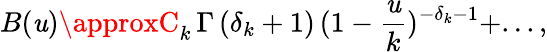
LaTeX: B(\mathit{u})\approxC_{k}\, \Gamma\, (\delta_{k}+1)\, (1-{\frac{{\mathit{u}}}{{k}}})^{-\delta_{k}-1}+...,